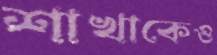
শাখাকেও